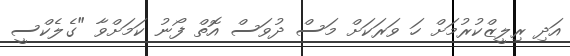
އަދި ރިލީޒްކުރުމަށް ހަ ވަރަކަށް މަސް ދުވަސް އޮތް ފޯނު ކަމަށްވާ "ގެލެކްސީ